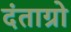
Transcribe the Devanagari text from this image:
दंताग्रो